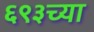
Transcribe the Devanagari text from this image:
६९३च्या